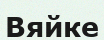
Вяйке